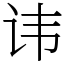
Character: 讳